Bréfritari: Sigurbjörg Einarsdóttir
Viðtakandi: Jón Borgfirðings Jónsson
Dagsetning: A-1881-03-01
Skrifað á: Akureyri  Eyf.

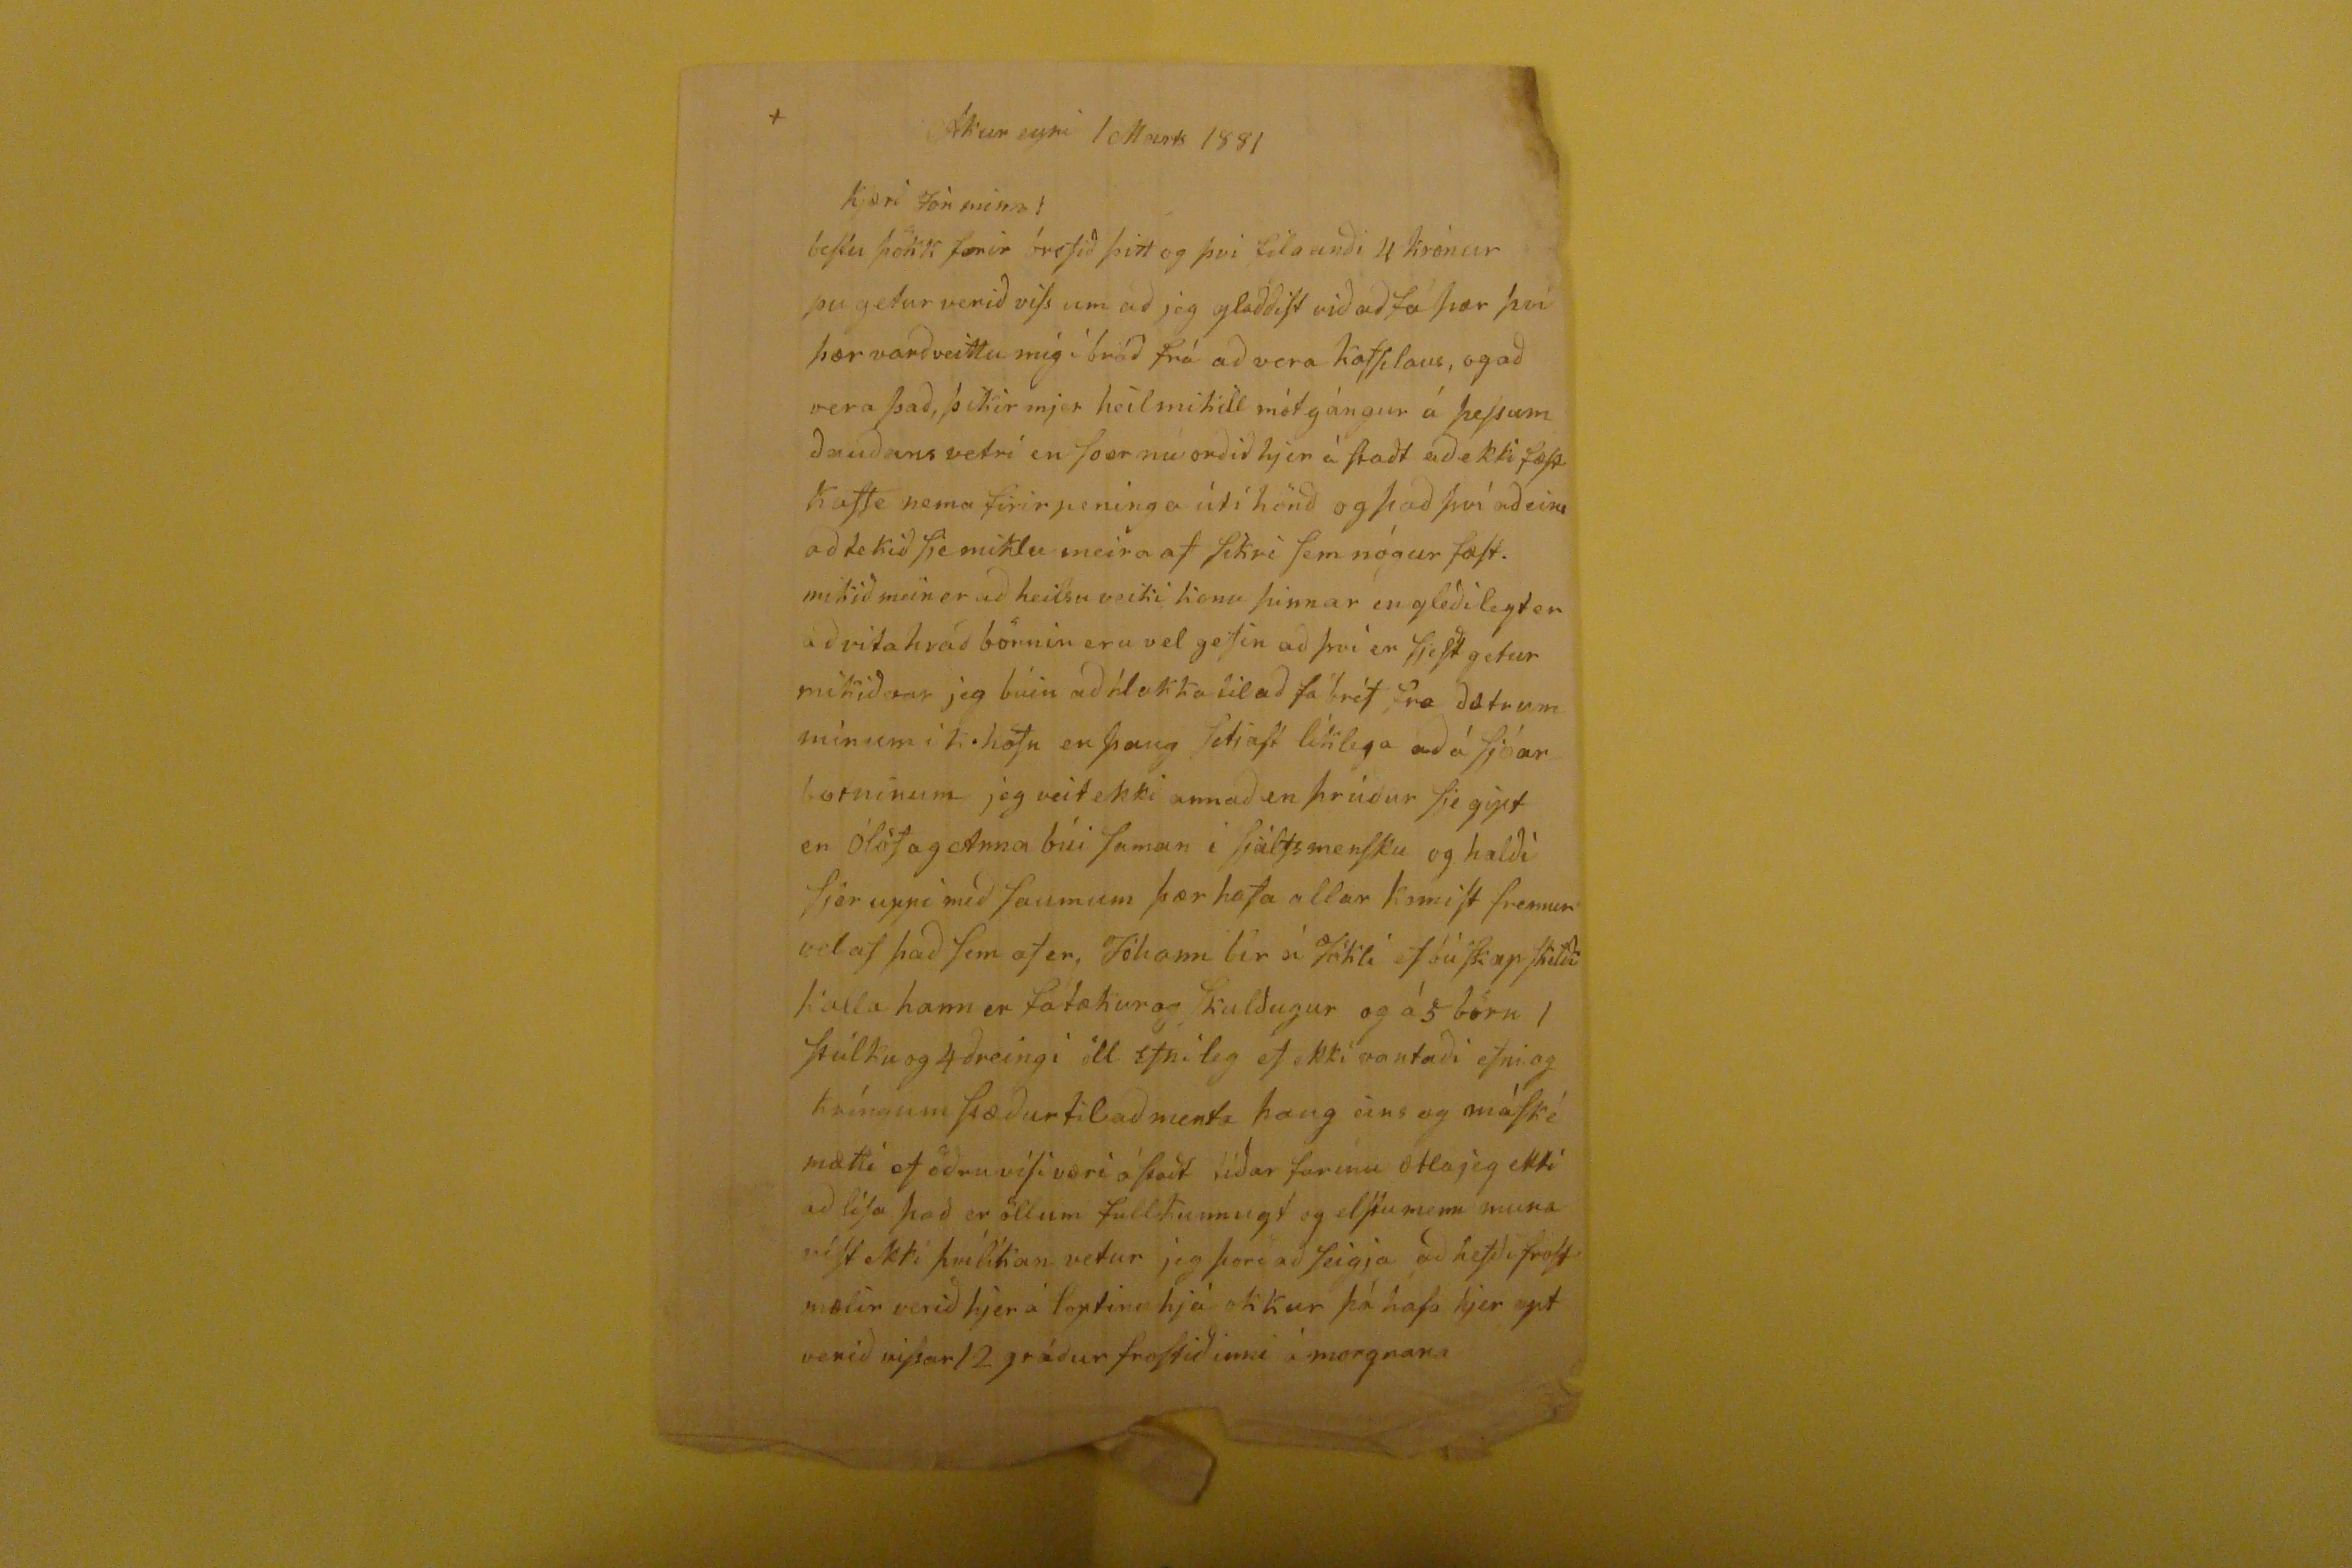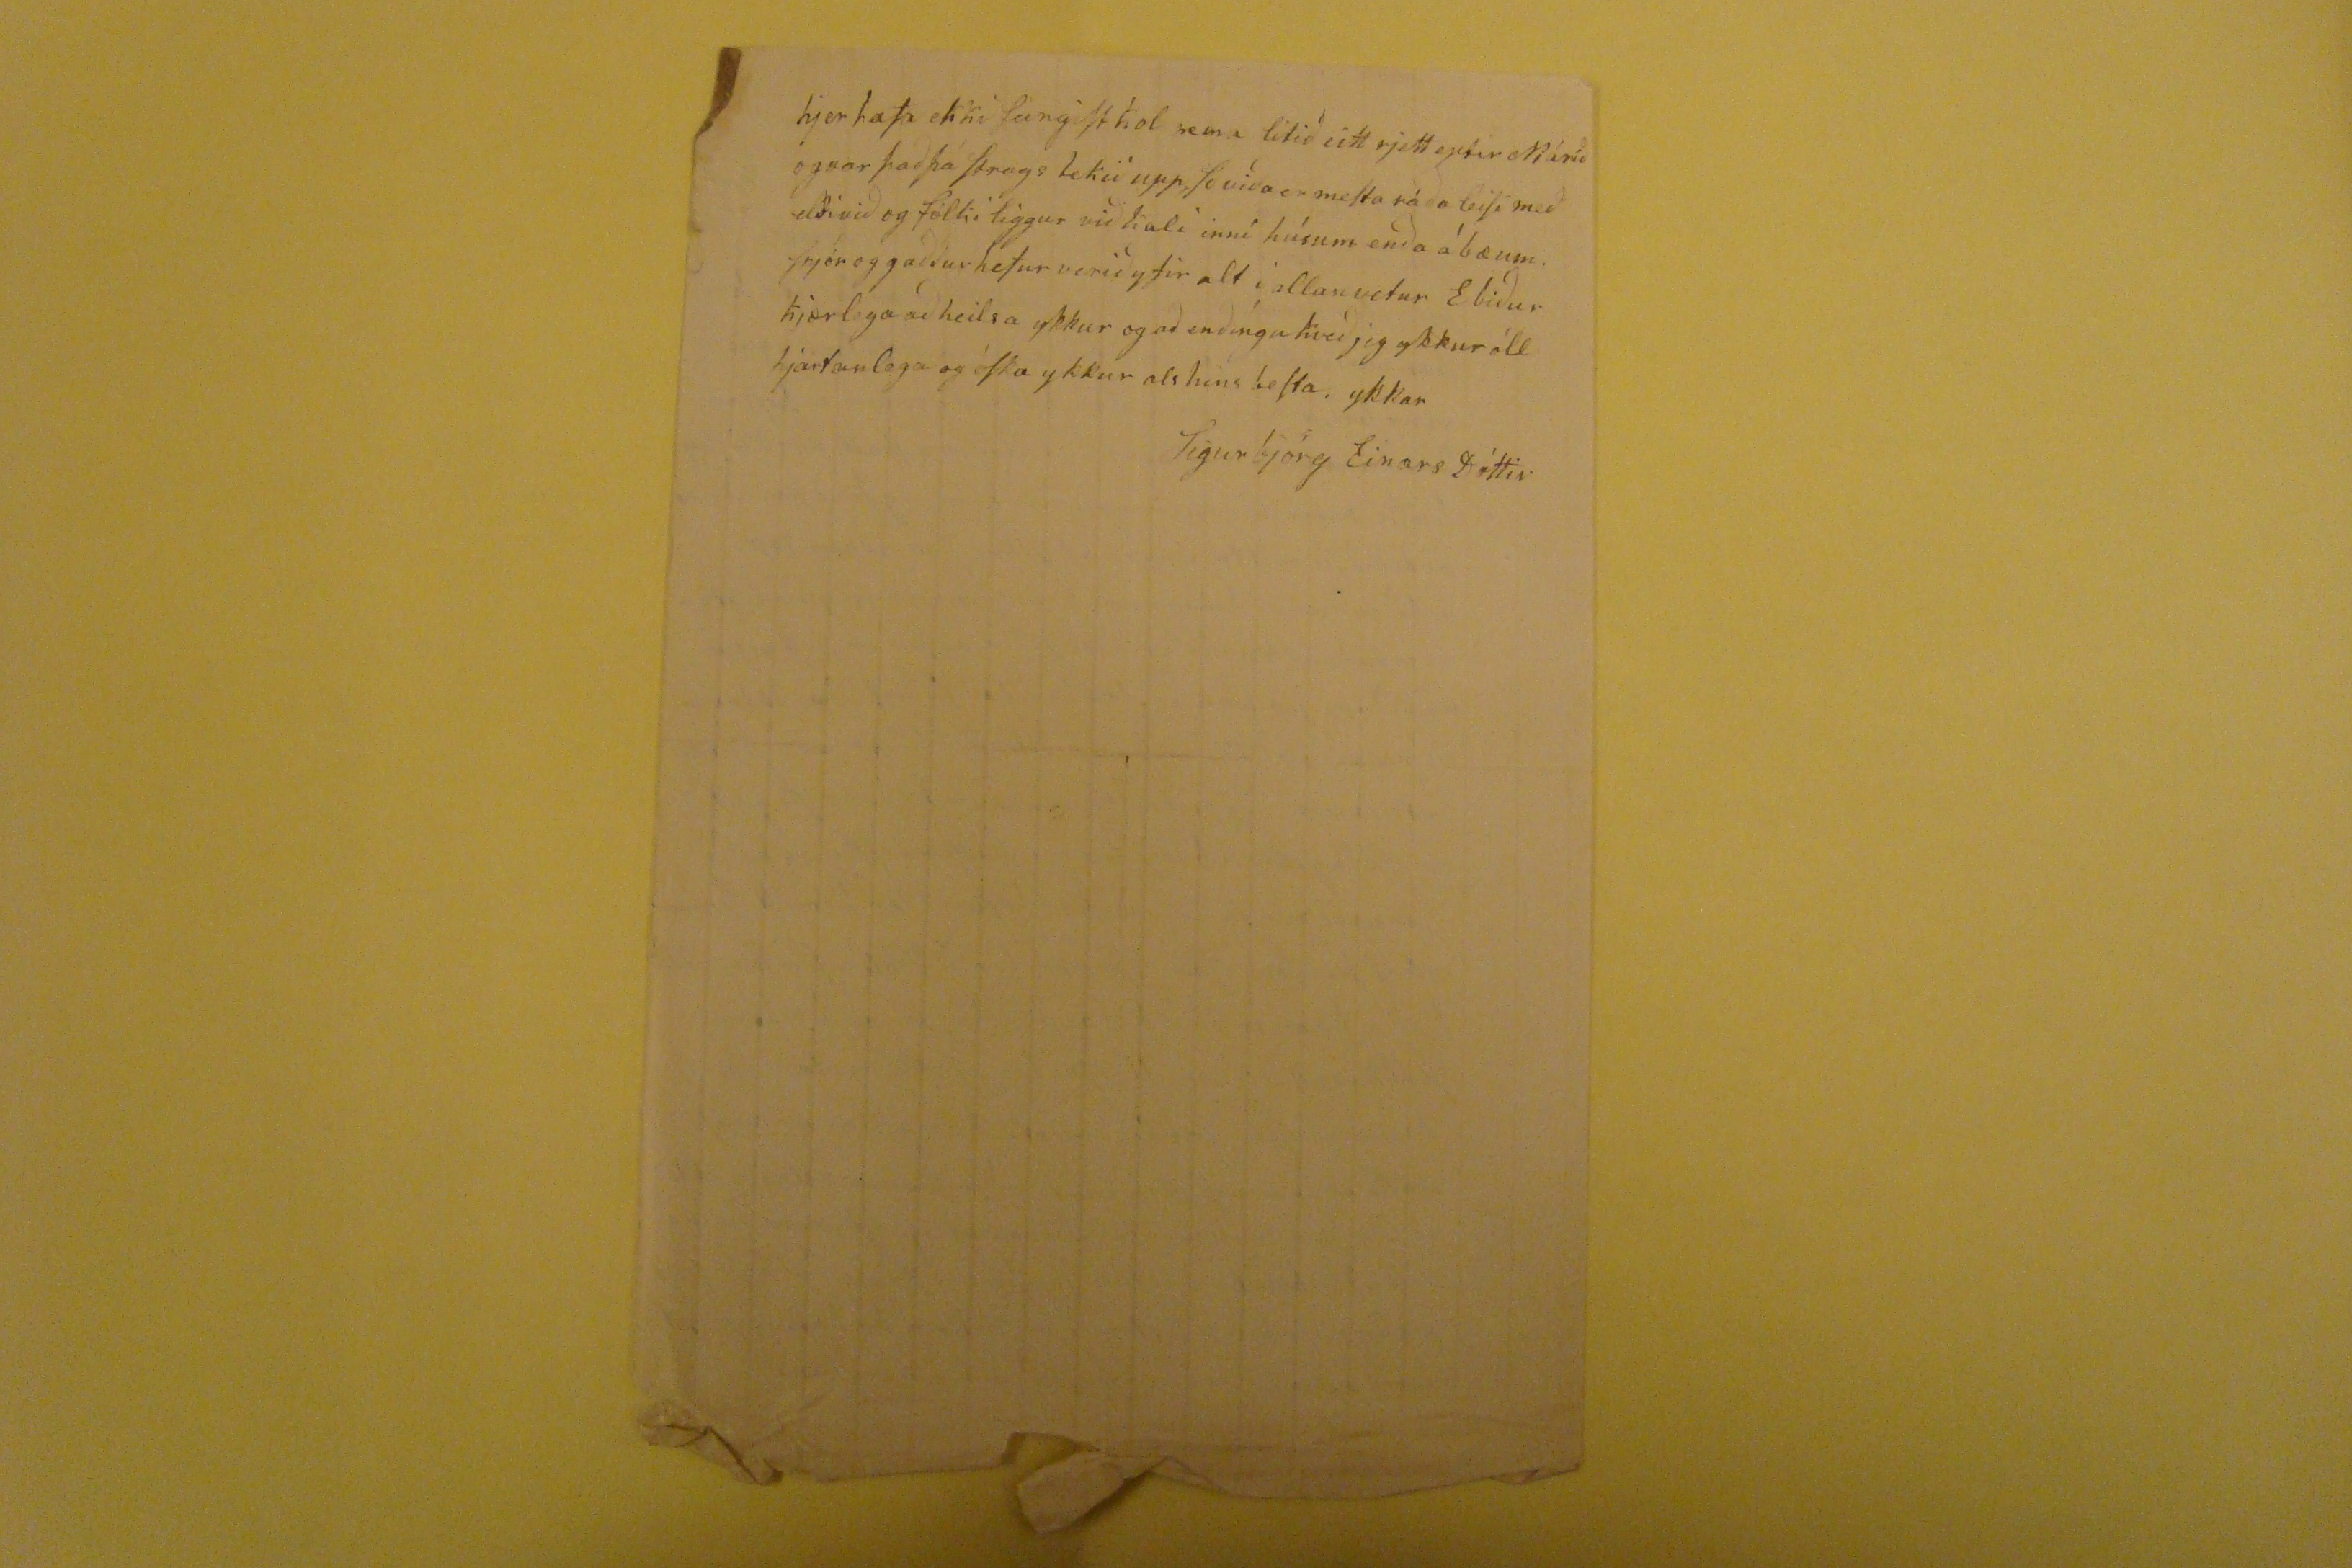

Akureyri 1 Marts 1881
Kjæri Jón minn!
bestu þökk
ferir
brefið þitt og þvi filganði 4 krónur þu getur verið viss um að jeg glaððist við að fá þær því þær verðveittu mig í bráð frá að vera kaffilaus, og að vera það, þikir mjer heil mikill mótgángur á þessum ðauðans vetri en soer nú orðið hjer á staðt að ekki fæst Kaffe nema firir peninga útí hönð og það því að eins að tekið sje miklu meira af sikri sem nógur fæst. mikið mein er að heilsu veiki konu þinnar en gleðilegt er að vita hvað börnin eru vel gefin að því er sjest getur mikið
var
jeg búin að hlakka til að fá bréf frá ðætrum mínum í k.höfn en þaug setjast líklega að á sjóar botninum jeg veit ekki annað en þrúður sje gipt en ólöf og Anna búi saman í sjálfsmensku og halði sjer uppi með saumum þær hafa allar komist fremur velaf það sem afer, Jóhann
bír á Jöklí
ef bú skapskilði kalla hann er fatækur og skulðugur og á 5 börn 1 stúlku og 4 ðreingi öll Efnileg ef ekki vantaði efni og kríngum stæður til að menta þaug eins og máské mætti ef öðru visi væri ástaðt tíðar farinu ætla jeg ekki að lísa það er öllum fullkunnugt og elstumenn muna víst ekki þvílíkan vetur jeg þori að seigja að hefði frost mælir verið hjer á loptinu hjá okkur þá hafa hjer opt verið vissar 12 gráður frostið inni á morgnana
hejr hafa ekki feingist kol nema litið eitt rjett eptir
Márið
og var það þá strags tekið upp so viða er mesta ráða leisi með elði við og fólki liggur við kali inní húsum enða á bæum. snjór og gaðður hefur verið yfir alt i allan vetur E biður kjærlega að heilsa ykkur og að enðíngu kveð jeg ykkur öll hjartanlega og óska ykkur als hins besta, ykkar
Sigurbjörg EinarsDóttir